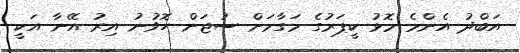
އަބްދު އެންމެ މޮޅު ކީޕަރުގެ މަގާމަށް ސުޖަން ހޮވުނު އިރު އޭނާ އަކީ